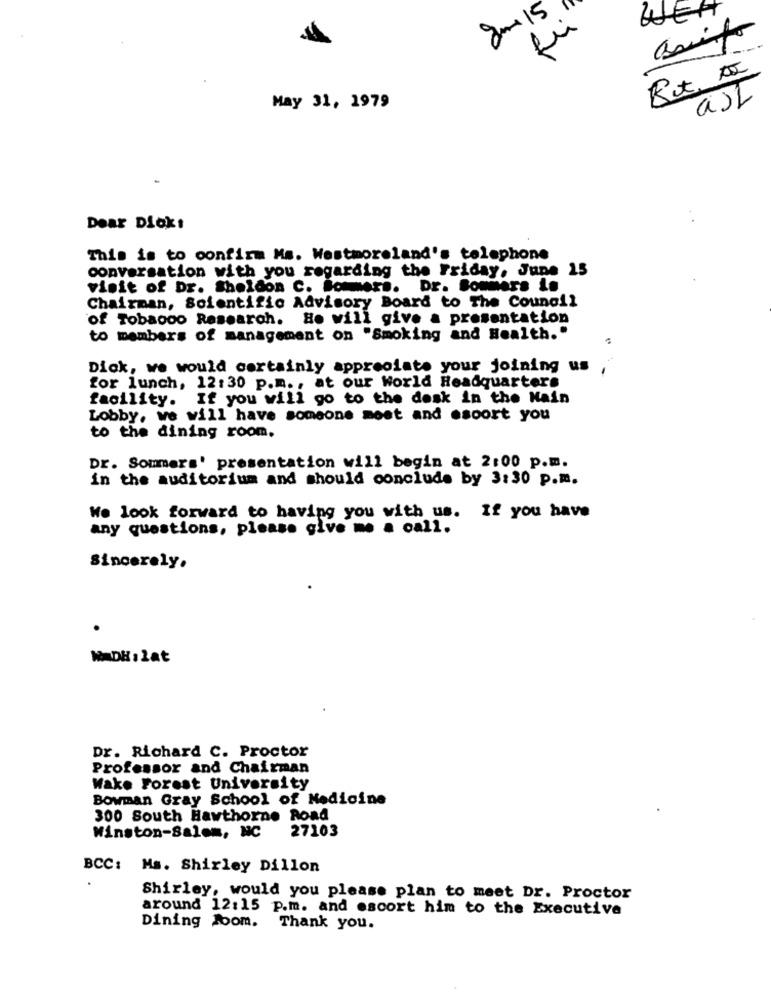
gm 15
Ret. DI
asL
May 31, 1979
. .
Dear Diokt
This is to confirm Ms. Westmoreland's telephone
conversation with you regarding the Friday, June 25
visit of Dr. Sheldon C. Sommers. Dr. Bommers in
Chairman, Scientific Advisory Board to The Council
of Tobacco Research. He will give a presentation
to members of management on "Smoking and Health."
Dick, we would certainly appreciate your joining us
for lunch, 12:30 p.m ., at our world Headquarters
facility. If you will go to the desk in the Main
Lobby, we will have someone moet and esoort you
to the dining room.
Dr. Sommers' presentation will begin at 2:00 p.m.
in the auditorium and should conclude by 3:30 p.m.
We look forward to having you with us. If you have
any questions, please give me a call.
Sincerely.
WADH: lat
Dr. Richard C. Proctor
Professor and Chairman
Wake Forest University
Bowman Gray School of Medicine
300 South Hawthorne Road
27103
Winston-Salem, NC
BCC: Ms. Shirley Dillon
Shirley, would you please plan to meet Dr. Proctor
around 12:15 p.m. and escort him to the Executive
Dining Room. Thank you.